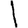
Digit: 1